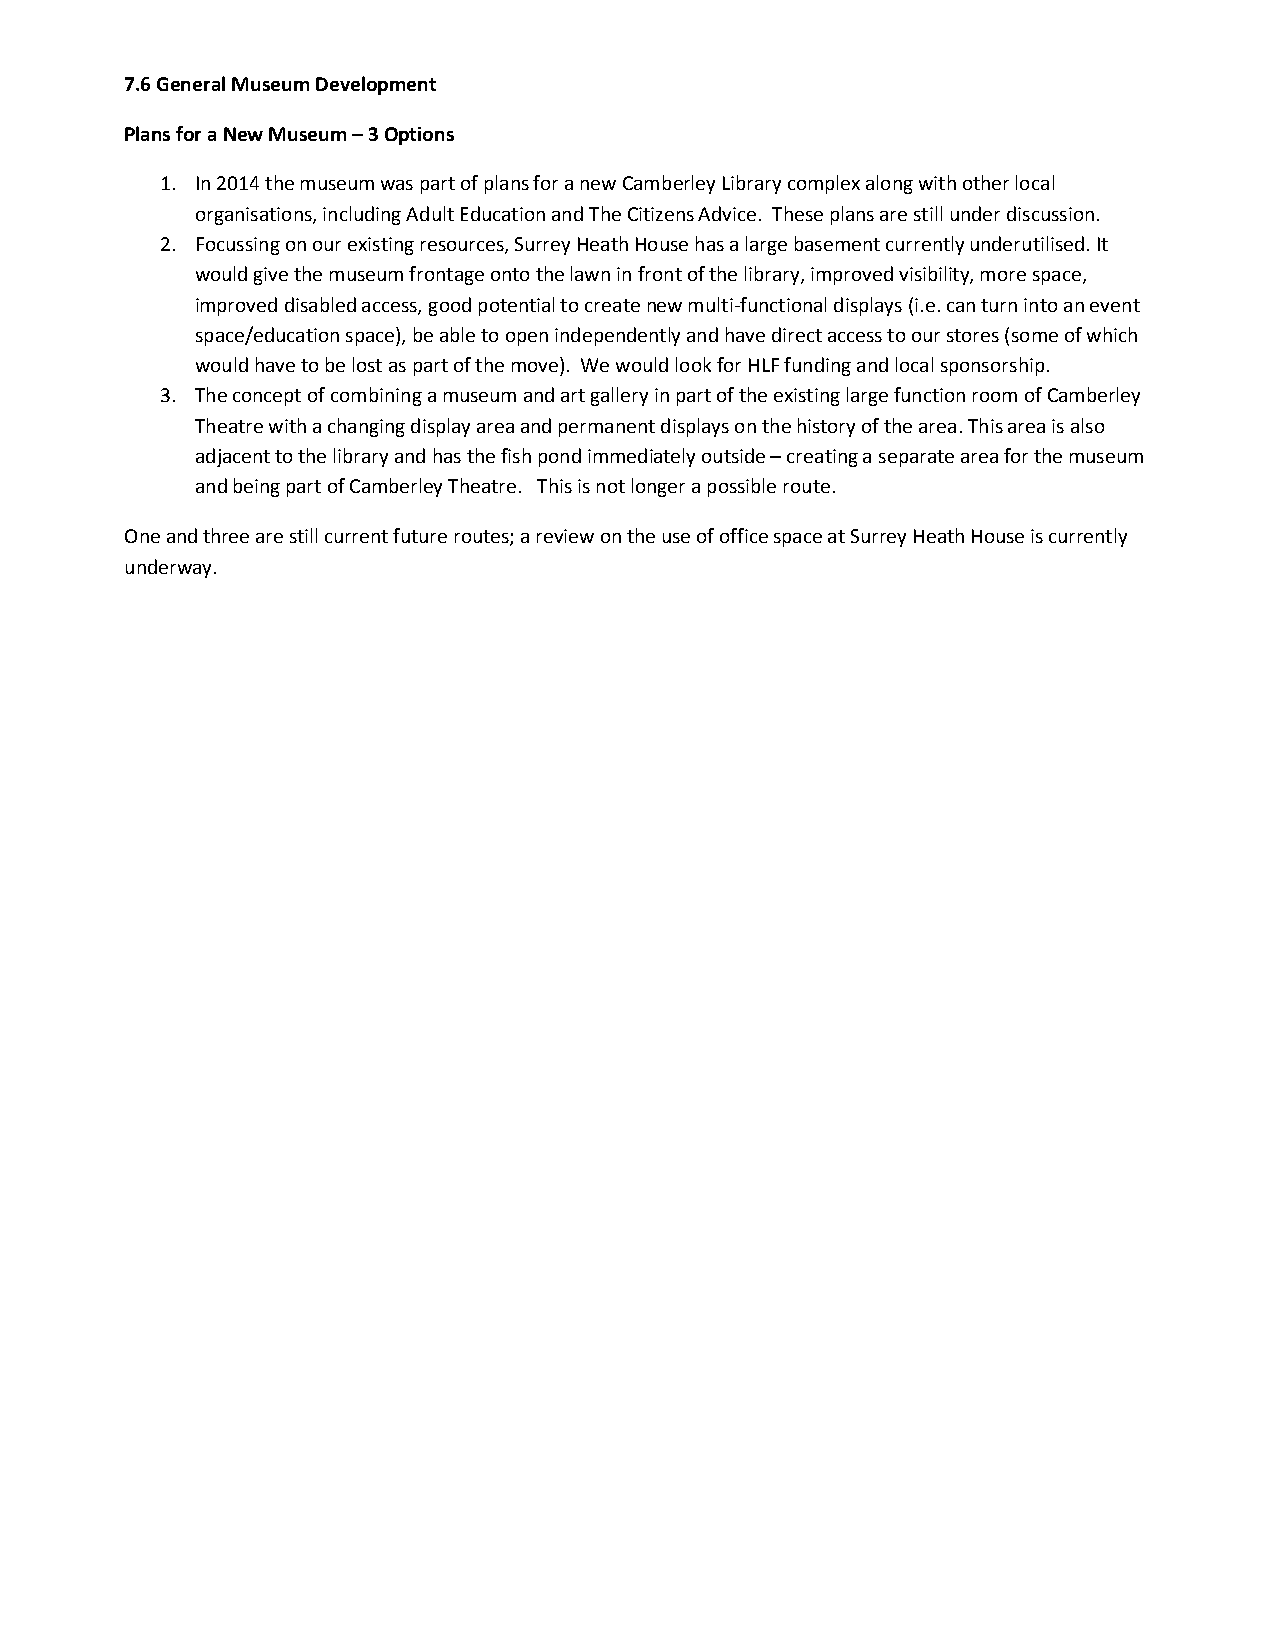
7.6 General Museum Development
 Plans for a New Museum – 3 Options
 1. In 2014 the museum was part of plans for a new Camberley Library complex along with other local
 organisations, including Adult Education and The Citizens Advice. These plans are still under discussion.
 2. Focussing on our existing resources, Surrey Heath House has a large basement currently underutilised. It
 would give the museum frontage onto the lawn in front of the library, improved visibility, more space,
 improved disabled access, good potential to create new multi-functional displays (i.e. can turn into an event
 space/education space), be able to open independently and have direct access to our stores (some of which
 would have to be lost as part of the move). We would look for HLF funding and local sponsorship.
 3. The concept of combining a museum and art gallery in part of the existing large function room of Camberley
 Theatre with a changing display area and permanent displays on the history of the area. This area is also
 adjacent to the library and has the fish pond immediately outside – creating a separate area for the museum
 and being part of Camberley Theatre. This is not longer a possible route.
 One and three are still current future routes; a review on the use of office space at Surrey Heath House is currently
 underway.